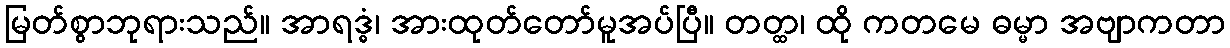
မြတ်စွာဘုရားသည်။ အာရဒ္ဓံ၊ အားထုတ်တော်မူအပ်ပြီ။ တတ္ထ၊ ထို ကတမေ ဓမ္မာ အဗျာကတာ